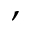
,